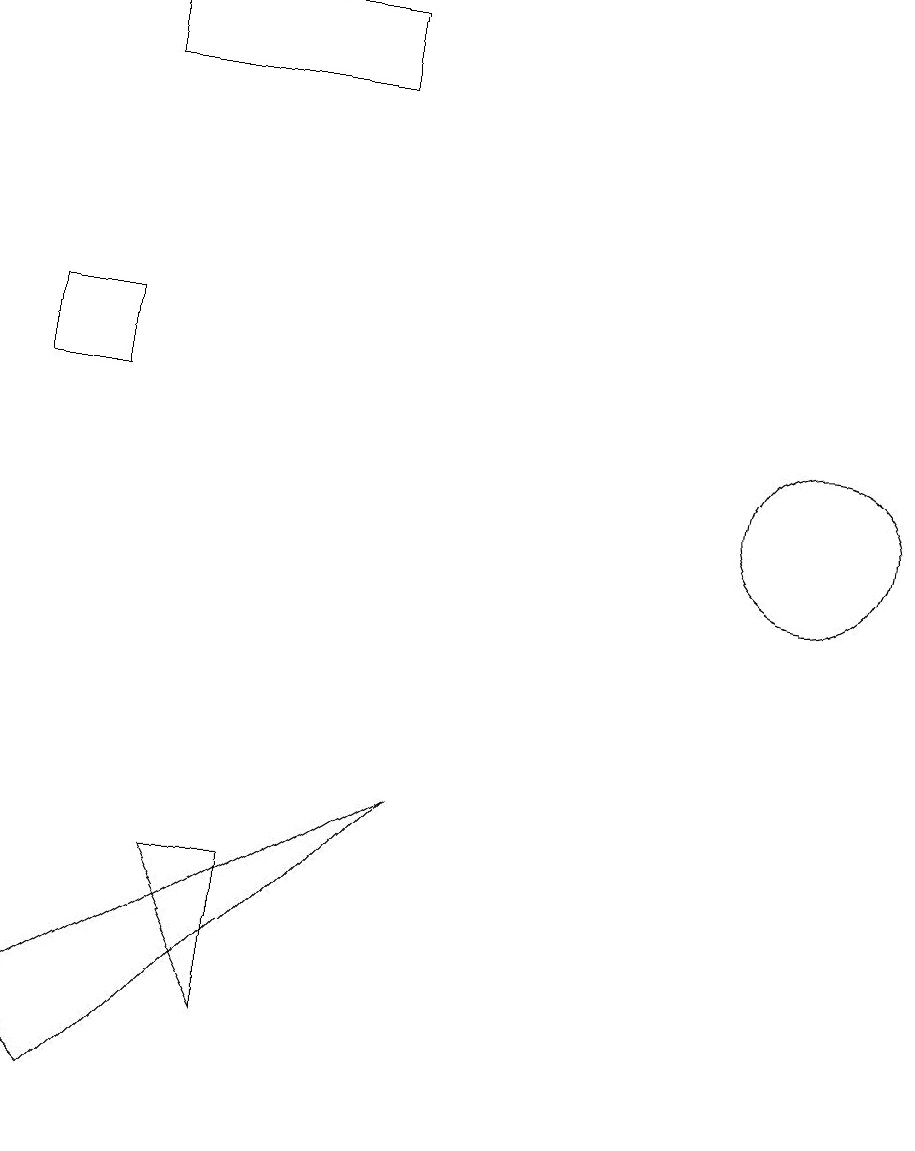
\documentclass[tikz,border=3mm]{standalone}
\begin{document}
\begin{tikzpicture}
\draw (6,8) -- (1,5) -- (2,4) -- cycle;
\draw (1,14) rectangle (2,13);
\draw (2,18) rectangle (5,17);
\draw (11,12) circle (1);
\draw (4,5) -- (4,7) -- (3,7) -- cycle;
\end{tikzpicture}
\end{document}